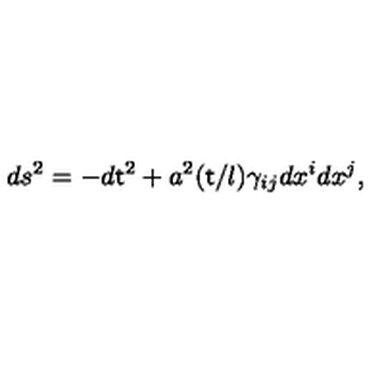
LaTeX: d s ^ { 2 } = - d { \sf t } ^ { 2 } + a ^ { 2 } ( { \sf t } / l ) \gamma _ { i j } d x ^ { i } d x ^ { j } ,